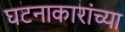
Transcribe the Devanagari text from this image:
घटनाकारांच्या